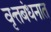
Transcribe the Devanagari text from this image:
वृत्तबंधनात